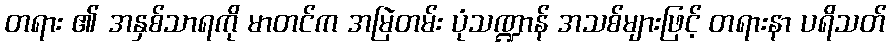
တရား ၏ အနှစ်သာရကို မာတင်က အမြဲတမ်း ပုံသဏ္ဍာန် အသစ်များဖြင့် တရားနာ ပရိသတ်